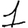
Digit: 1